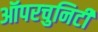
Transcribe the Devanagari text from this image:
ऑपरचुनिटी